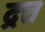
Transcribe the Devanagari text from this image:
द्रत्त